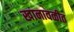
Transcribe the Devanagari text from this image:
खानावळीत